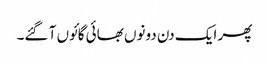
پھر ایک دن دونوں بھائی گائوں آ گئے۔